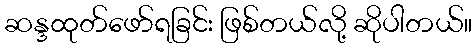
ဆန္ဒထုတ်ဖော်ရခြင်း ဖြစ်တယ်လို့ ဆိုပါတယ်။